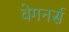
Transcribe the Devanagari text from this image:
वेगनर्स